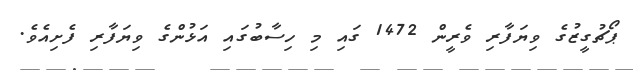
ޕޯޗުގީޒުގެ ވިޔަފާރި ވެރީން 1472 ގައި މި ހިސާބުގައި އަޅުންގެ ވިޔަފާރި ފެށިއެވެ.